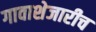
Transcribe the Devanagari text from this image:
गावाशेजारीच